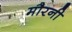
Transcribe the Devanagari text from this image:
मौरनी